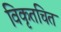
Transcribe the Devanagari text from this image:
विकृतचित